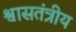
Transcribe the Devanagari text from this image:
श्वासतंत्रीय